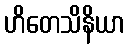
ဟိတေသိနိယာ